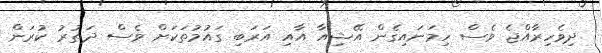
ދިވެހިރާއްޖެ ވެސް ހިމަނައިގެން އޭޝިއާ އާއި އަރަބި ގައުމުތަކަށް ވެސް ދަތުރު ކުރަން